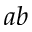
a b